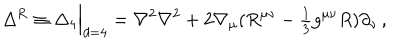
\Delta ^ { \mathrm { { R } } } \equiv \Delta _ { 4 } \Big | _ { d = 4 } = \nabla ^ { 2 } \nabla ^ { 2 } + 2 \nabla _ { \mu } ( R ^ { \mu \nu } - { \textstyle { \frac { 1 } { 3 } } } g ^ { \mu \nu } R ) \partial _ { \nu } \, ,